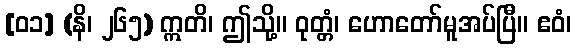
[၀၁] (နိ၊ ၂၆၅) ဣတိ၊ ဤသို့။ ဝုတ္တံ၊ ဟောတော်မူအပ်ပြီ။ ဧဝံ၊